Vaccination North-Western Provinces 1866-1877 - 1866-1877
Year: 1866
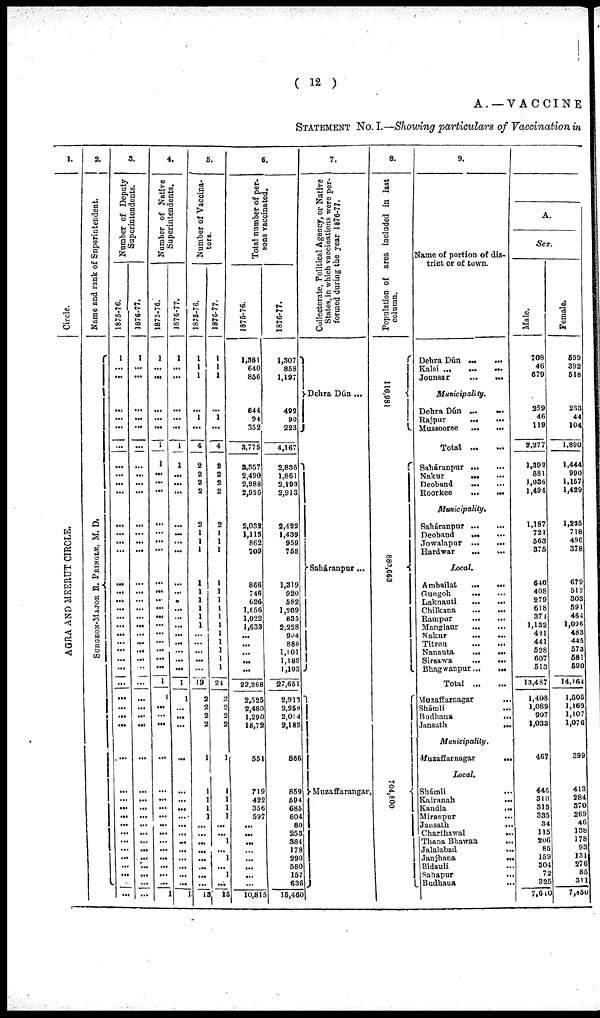
( 12 )
A. —VACCINE
STATEMENT NO. I.—Showing particulars of Vaccination in
1.
Circle.
AGRA AND MEERUT CIRCLE.
2.
Name and rank of Superintendent.
SURGEON-MAJOR R. PRINGLE, M. D.
3.
N umber of Deputy
Superintendents.
1875-76.
1
...
...
...
...
...
...
...
...
...
...
...
...
...
...
...
...
...
...
...
...
...
...
...
...
...
...
...
...
...
...
...
...
...
...
...
...
...
...
...
...
...
...
...
...
1876-77.
1
...
...
...
...
...
...
...
...
...
...
...
...
...
...
...
...
...
...
...
...
...
...
...
...
...
...
...
...
...
...
...
...
...
...
...
...
...
...
...
...
...
...
...
...
4.
Number of Native
Superintendents.
1875-76.
1
...
...
...
...
...
1
1
...
...
...
...
...
...
...
...
...
...
...
...
...
...
...
...
...
...
1
l
...
...
...
...
...
...
...
...
...
...
...
...
...
...
...
...
1
1876-77.
1
...
...
...
...
...
1
1
...
...
...
...
...
...
...
...
...
...
...
...
...
...
...
...
...
1
1
...
...
...
...
...
...
...
...
...
...
...
...
...
...
...
...
5.
Number of Vaccina-
tors.
1875-76.
1
1
1
...
1
...
4
2
2
2
2
2
1
1
1
1
1
1
1
1
1
...
...
...
...
...
19
2
2
2
2
1
1
1
1
1
...
...
...
...
...
...
...
13
1876-77.
1
1
1
...
1
...
4
2
2
2
2
2
1
1
1
1
1
1
1
1
1
1
1
1
1
1
24
2
2
2
2
1
1
1
1
1
...
...
1
...
1
...
1
...
16
6.
Total number of per-
sons vaccinated.
1876-76.
1,381
640
856
644
94
352
3,775
3,357
2,490
2,288
2,956
2,032
1,115
862
709
866
746
626
1,656
1,022
1,633
...
...
...
...
...
22,268
2,525
2,480
1,290
18,72
551
719
422
356
597
...
...
...
...
...
...
...
...
10,815
1876-77.
1,307
858
1,197
492
90
223 J
4,167
2,836
1,861
2,193
2,913
2,422
1,439
959
753
1,319
920
582
1,209
835
2,228
904
886
1,101
1,188
1,103
27,651
2,913
2,258
2,014
2,182
866
859
594
685
604
80
253
384
178
290
580
157
636
15,460
7.
Collectorate, Political Agency, or Native
States, in which vaccinations were per-
formed during the year 1876-77.
Dehra Dún ...
Saháranpur...
Muzaffarangar,
8.
Population of area included in last
column.
116,981
880,663
704,800
9.
Name of portion of dis-
trict or of town.
Dehra Dún
...
...
Kalsi ... ... ...
Jounsar ... ...
Municipality.
Dehra Dúm ... ...
Rajpur
...
...
Mussooree
...
...
Total
Saháranpur
...
...
Nakur ... ...
Dcoband
...
...
Roorkee
...
...
Municipality,
Saháranpur
...
...
Deoband
...
...
Jowalapur
...
...
Hardwar
...
...
Local.
Ambailat
...
...
Gungoh
...
...
Laknauti
...
...
Chilkana
...
...
Rampur
...
...
Manglaur
...
...
Nakur
...
...
Titron
...
...
Nanauta
...
...
Sirsawa
...
...
Bhagwanpur
...
...
Total ... ...
Muzaffarnagar ...
Shámli
...
Budhana
...
Jansath
...
Municipality.
Muzaffarnagar ...
Local.
Shámli ...
Kairanah
...
Kandla
...
Miranpur ...
Jansath
...
Charthawal
...
Thana Bhavan ...
Jalalabad ...
Janjhana
...
Bidauli ...
Sahapur ...
Budhaua
...
A.
Sex.
Male.
708
46
679
259
46
119
2,277
1,392
881
1,036
1,494
1,187
721
563
375
640
408
279
618
371
1,132
421
441
528
607
513
13,487
1,408
1,089
907
1,033
467
446
310
315
335
34
115
206
85
159
304
72
325
7,610
Female.
599
392
518
233
44
104
1,890
1,444
990
1,157
1,429
1,235
718
496
378
679
512
303
591
464
1,096
483
445
573
581
590
14,164
1,505
1,169
1,107
1,076
399
413
284
370
269
46
138
178
93
131
276
85
311
7,850